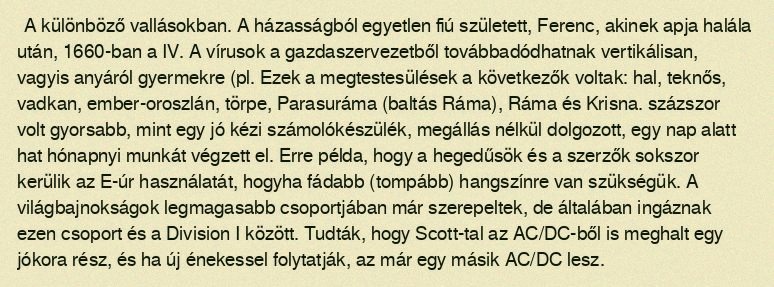
A különböző vallásokban. A házasságból egyetlen fiú született, Ferenc, akinek apja halála után, 1660-ban a IV. A vírusok a gazdaszervezetből továbbadódhatnak vertikálisan, vagyis anyáról gyermekre (pl. Ezek a megtestesülések a következők voltak: hal, teknős, vadkan, ember-oroszlán, törpe, Parasuráma (baltás Ráma), Ráma és Krisna. százszor volt gyorsabb, mint egy jó kézi számolókészülék, megállás nélkül dolgozott, egy nap alatt hat hónapnyi munkát végzett el. Erre példa, hogy a hegedűsök és a szerzők sokszor kerülik az E-úr használatát, hogyha fádabb (tompább) hangszínre van szükségük. A világbajnokságok legmagasabb csoportjában már szerepeltek, de általában ingáznak ezen csoport és a Division I között. Tudták, hogy Scott-tal az AC/DC-ből is meghalt egy jókora rész, és ha új énekessel folytatják, az már egy másik AC/DC lesz.